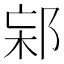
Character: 𨛌